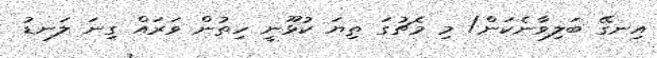
އިނގޭ ބަލިވާނެކަން/ މި މެޗުގަ ތިޔަ ކުޅޫނީ ހިތުން ވަރައް ގިނަ ލަނޑު